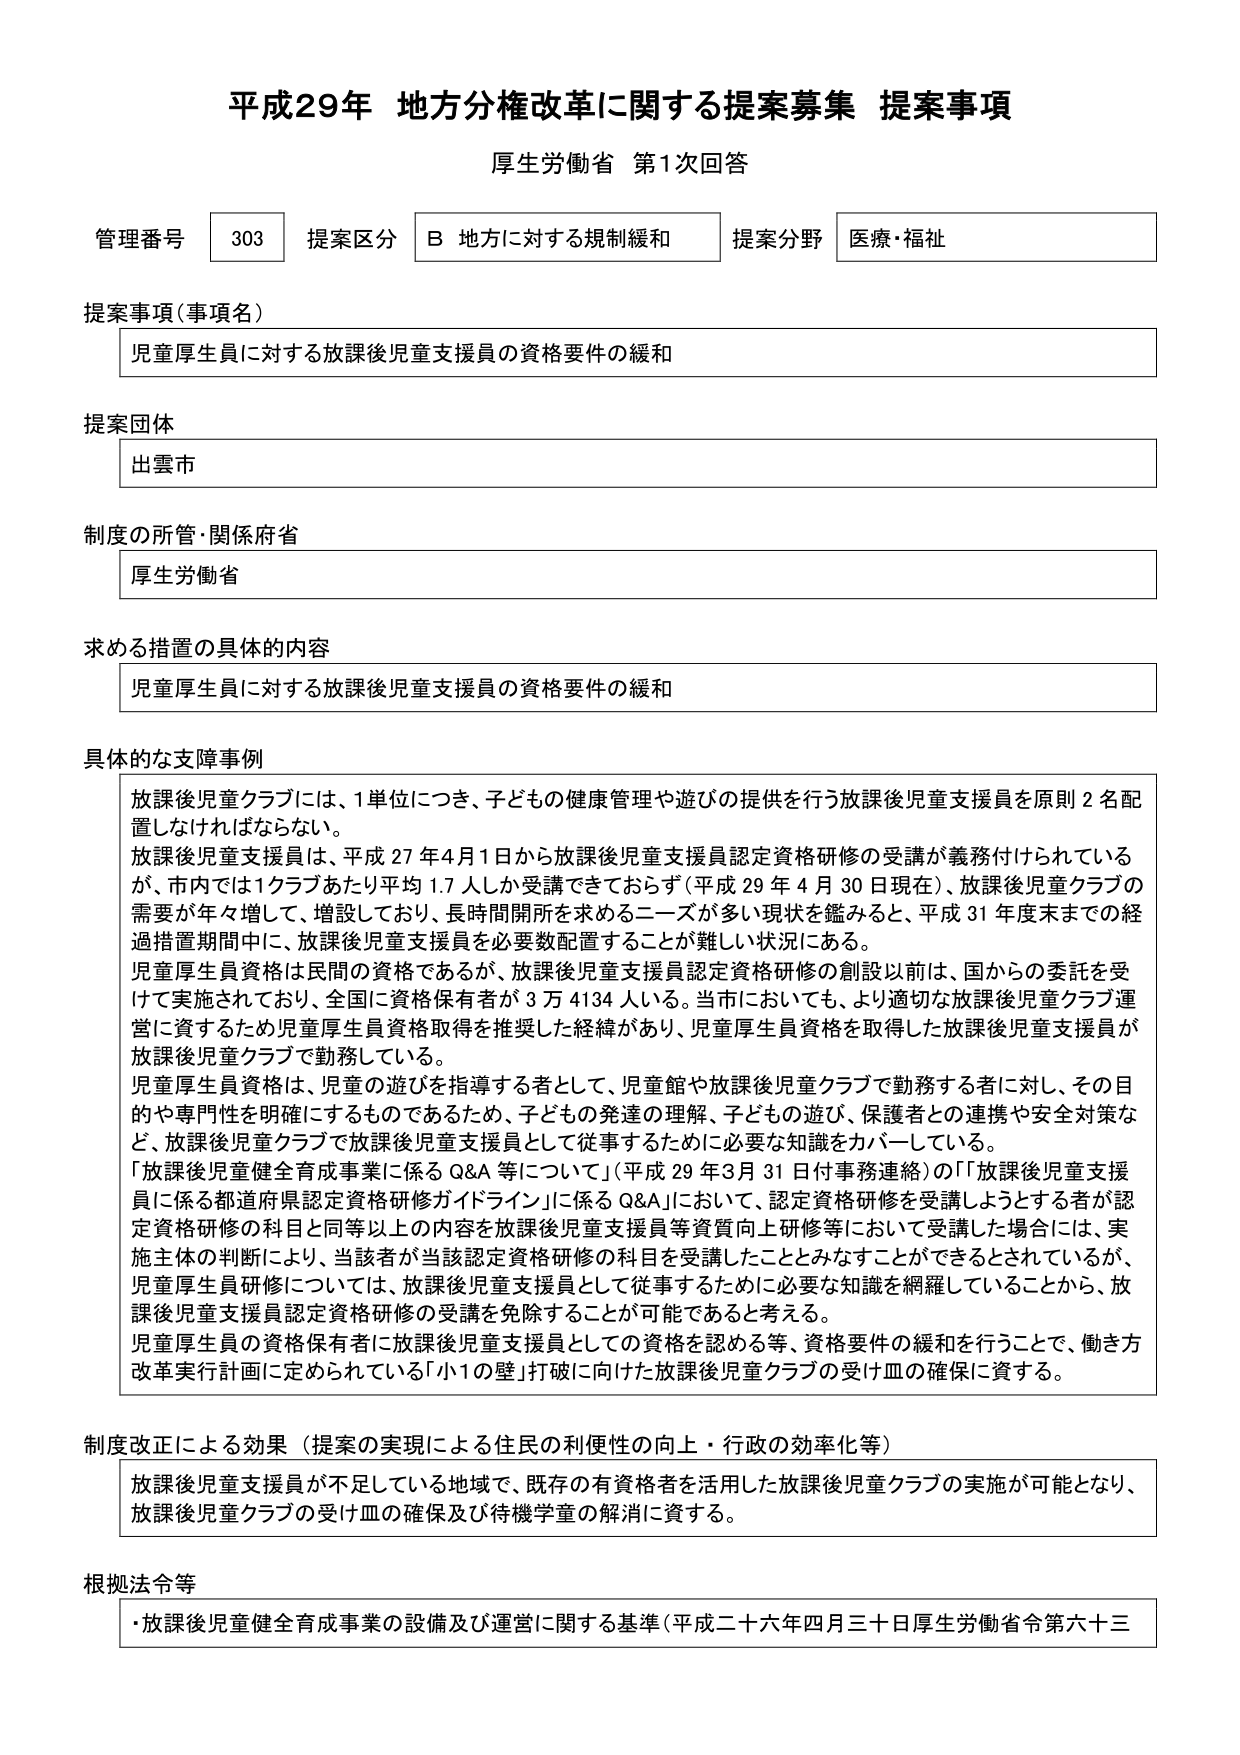
平成29年 地方分権改革に関する提案募集 提案事項
厚生労働省 第1次回答

管理番号 303 提案区分 B 地方に対する規制緩和 提案分野 医療・福祉

提案事項（事項名）
児童厚生員に対する放課後児童支援員の資格要件の緩和

提案団体
出雲市

制度の所管・関係府省
厚生労働省

求める措置の具体的な内容
児童厚生員に対する放課後児童支援員の資格要件の緩和

具体的な支障事例
放課後児童クラブには、1単位につき、子どもの健康管理や遊びの提供を行う放課後児童支援員を原則2名配置しなければならない。
放課後児童支援員は、平成27年4月1日から放課後児童支援員認定資格研修の受講が義務付けられているが、市内では1クラブあたり平均1.7人しか受講できておらず（平成29年4月30日現在）、放課後児童クラブの需要が年々増して、増設しており、長時間開所を求めるニーズが多い現状を鑑みると、平成31年度末までの経過措置期間中に、放課後児童支援員を必要数配置することが難しい状況にある。
児童厚生員資格は民間の資格であるが、放課後児童支援員認定資格研修の創設以前は、国からの委託を受けて実施されており、全国に資格保有者が3万4134人いる。当市においても、より適切な放課後児童クラブ運営に資するため児童厚生員資格取得を推奨した経緯があり、児童厚生員資格を取得した放課後児童支援員が放課後児童クラブで勤務している。
児童厚生員資格は、児童の遊びを指導する者として、児童館や放課後児童クラブで勤務する者に対し、その目的や専門性を明確にするものであるため、子どもの発達の理解、子どもの遊び、保護者との連携や安全対策など、放課後児童クラブで放課後児童支援員として従事するために必要な知識をカバーしている。
「放課後児童健全育成事業に係るQ&A等について」（平成29年3月31日付事務連絡）の「放課後児童支援員に係る都道府県認定資格研修ガイドライン」に係るQ&Aにおいて、認定資格研修を受講しようとする者が認定資格研修の科目と同等以上の内容を放課後児童支援員等資質向上研修等において受講した場合には、実施主体の判断により、当該者が当該認定資格研修の科目を受講したことにみなすことができるとしているが、児童厚生員研修については、放課後児童支援員として従事するために必要な知識を網羅していることから、放課後児童支援員認定資格研修の受講を免除することが可能であると考える。
児童厚生員の資格保有者に放課後児童支援員としての資格を認める等、資格要件の緩和を行うことで、働き方改革実行計画に定められている「小1の壁」打破に向けた放課後児童クラブの受け皿の確保に資する。

制度改正による効果（提案の実現による住民の利便性の向上・行政の効率化等）
放課後児童支援員が不足している地域で、既存の有資格者を活用した放課後児童クラブの実施が可能となり、放課後児童クラブの受け皿の確保及び待機学童の解消に資する。

根拠法令等
・放課後児童健全育成事業の設備及び運営に関する基準（平成二十六年四月三十日厚生労働省令第六十三）